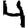
Digit: 4